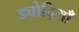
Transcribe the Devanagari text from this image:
ड्योढ़ियाँ